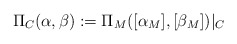
\begin{align*} \Pi_C(\alpha,\beta):=\Pi_M([\alpha_M],[\beta_M])|_C\end{align*}